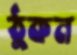
ঠুকন